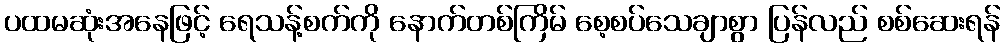
ပထမဆုံးအနေဖြင့် ရေသန့်စက်ကို နောက်တစ်ကြိမ် စေ့စပ်သေချာစွာ ပြန်လည် စစ်ဆေးရန်